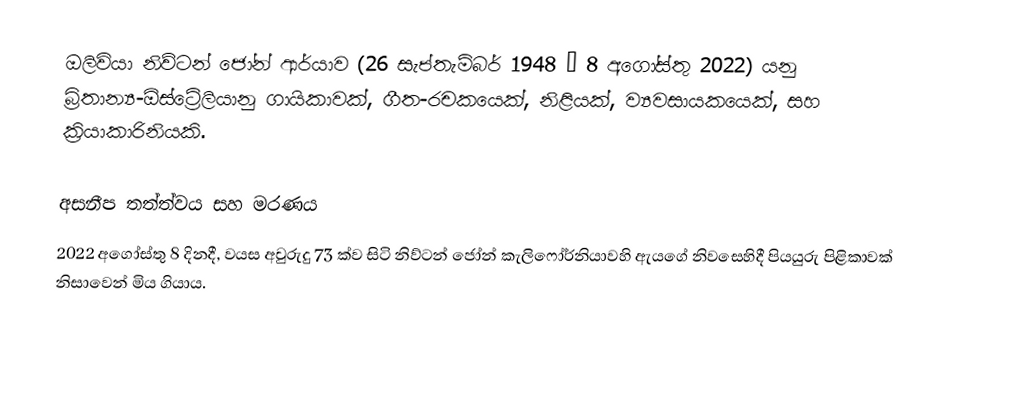
ඔලිවියා නිව්ටන් ජෝන් ආර්යාව  (26 සැප්තැම්බර් 1948 – 8 අගෝස්තු 2022) යනු බ්‍රිතාන්‍ය-ඕස්ට්‍රේලියානු ගායිකාවක්, ගීත-රචකයෙක්, නිළියක්, ව්‍යවසායකයෙක්, සහ ක්‍රියාකාරිනියකි.

අසනීප තත්ත්වය සහ මරණය
2022 අගෝස්තු 8 දිනදී, වයස අවුරුදු 73 ක්ව සිටි නිව්ටන් ජෝන් කැලිෆෝර්නියාවහි ඇයගේ නිවසෙහිදී පියයුරු පිළිකාවක් නිසාවෙන් මිය ගියාය.